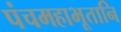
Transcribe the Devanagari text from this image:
पंचमहाभूतानि